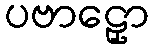
ပဗာဠှော